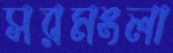
সরমংলা